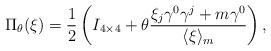
LaTeX: \begin{align*}\Pi_\theta(\xi) = \frac12\left(I_{4\times4}+\theta\frac{\xi_j\gamma^0\gamma^j+m\gamma^0}{\langle\xi\rangle_m} \right),\end{align*}